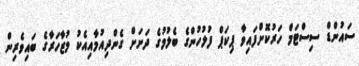
ސައުންޑް ސިސްޓަމް ހަރުކޮށްފައިވާ ޕިކަޕް ފުލުހުންގެ ބެލުމުގެ ދަށަށް ގެންދިއުމާއިއެކު މުޒާހަރާގެ ބައިވެރިން